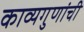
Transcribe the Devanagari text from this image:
काव्यगुणांची